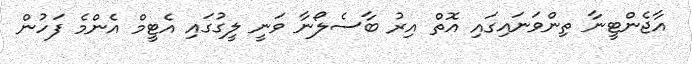
އާޖެންޓީނާ ތިންވަނައިގައި އޮތް އިރު ބާސެލޯނާ ވަނީ ލީގުގައި އެޓީމް އެންމެ ފަހުން